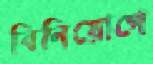
বিনিয়োগে